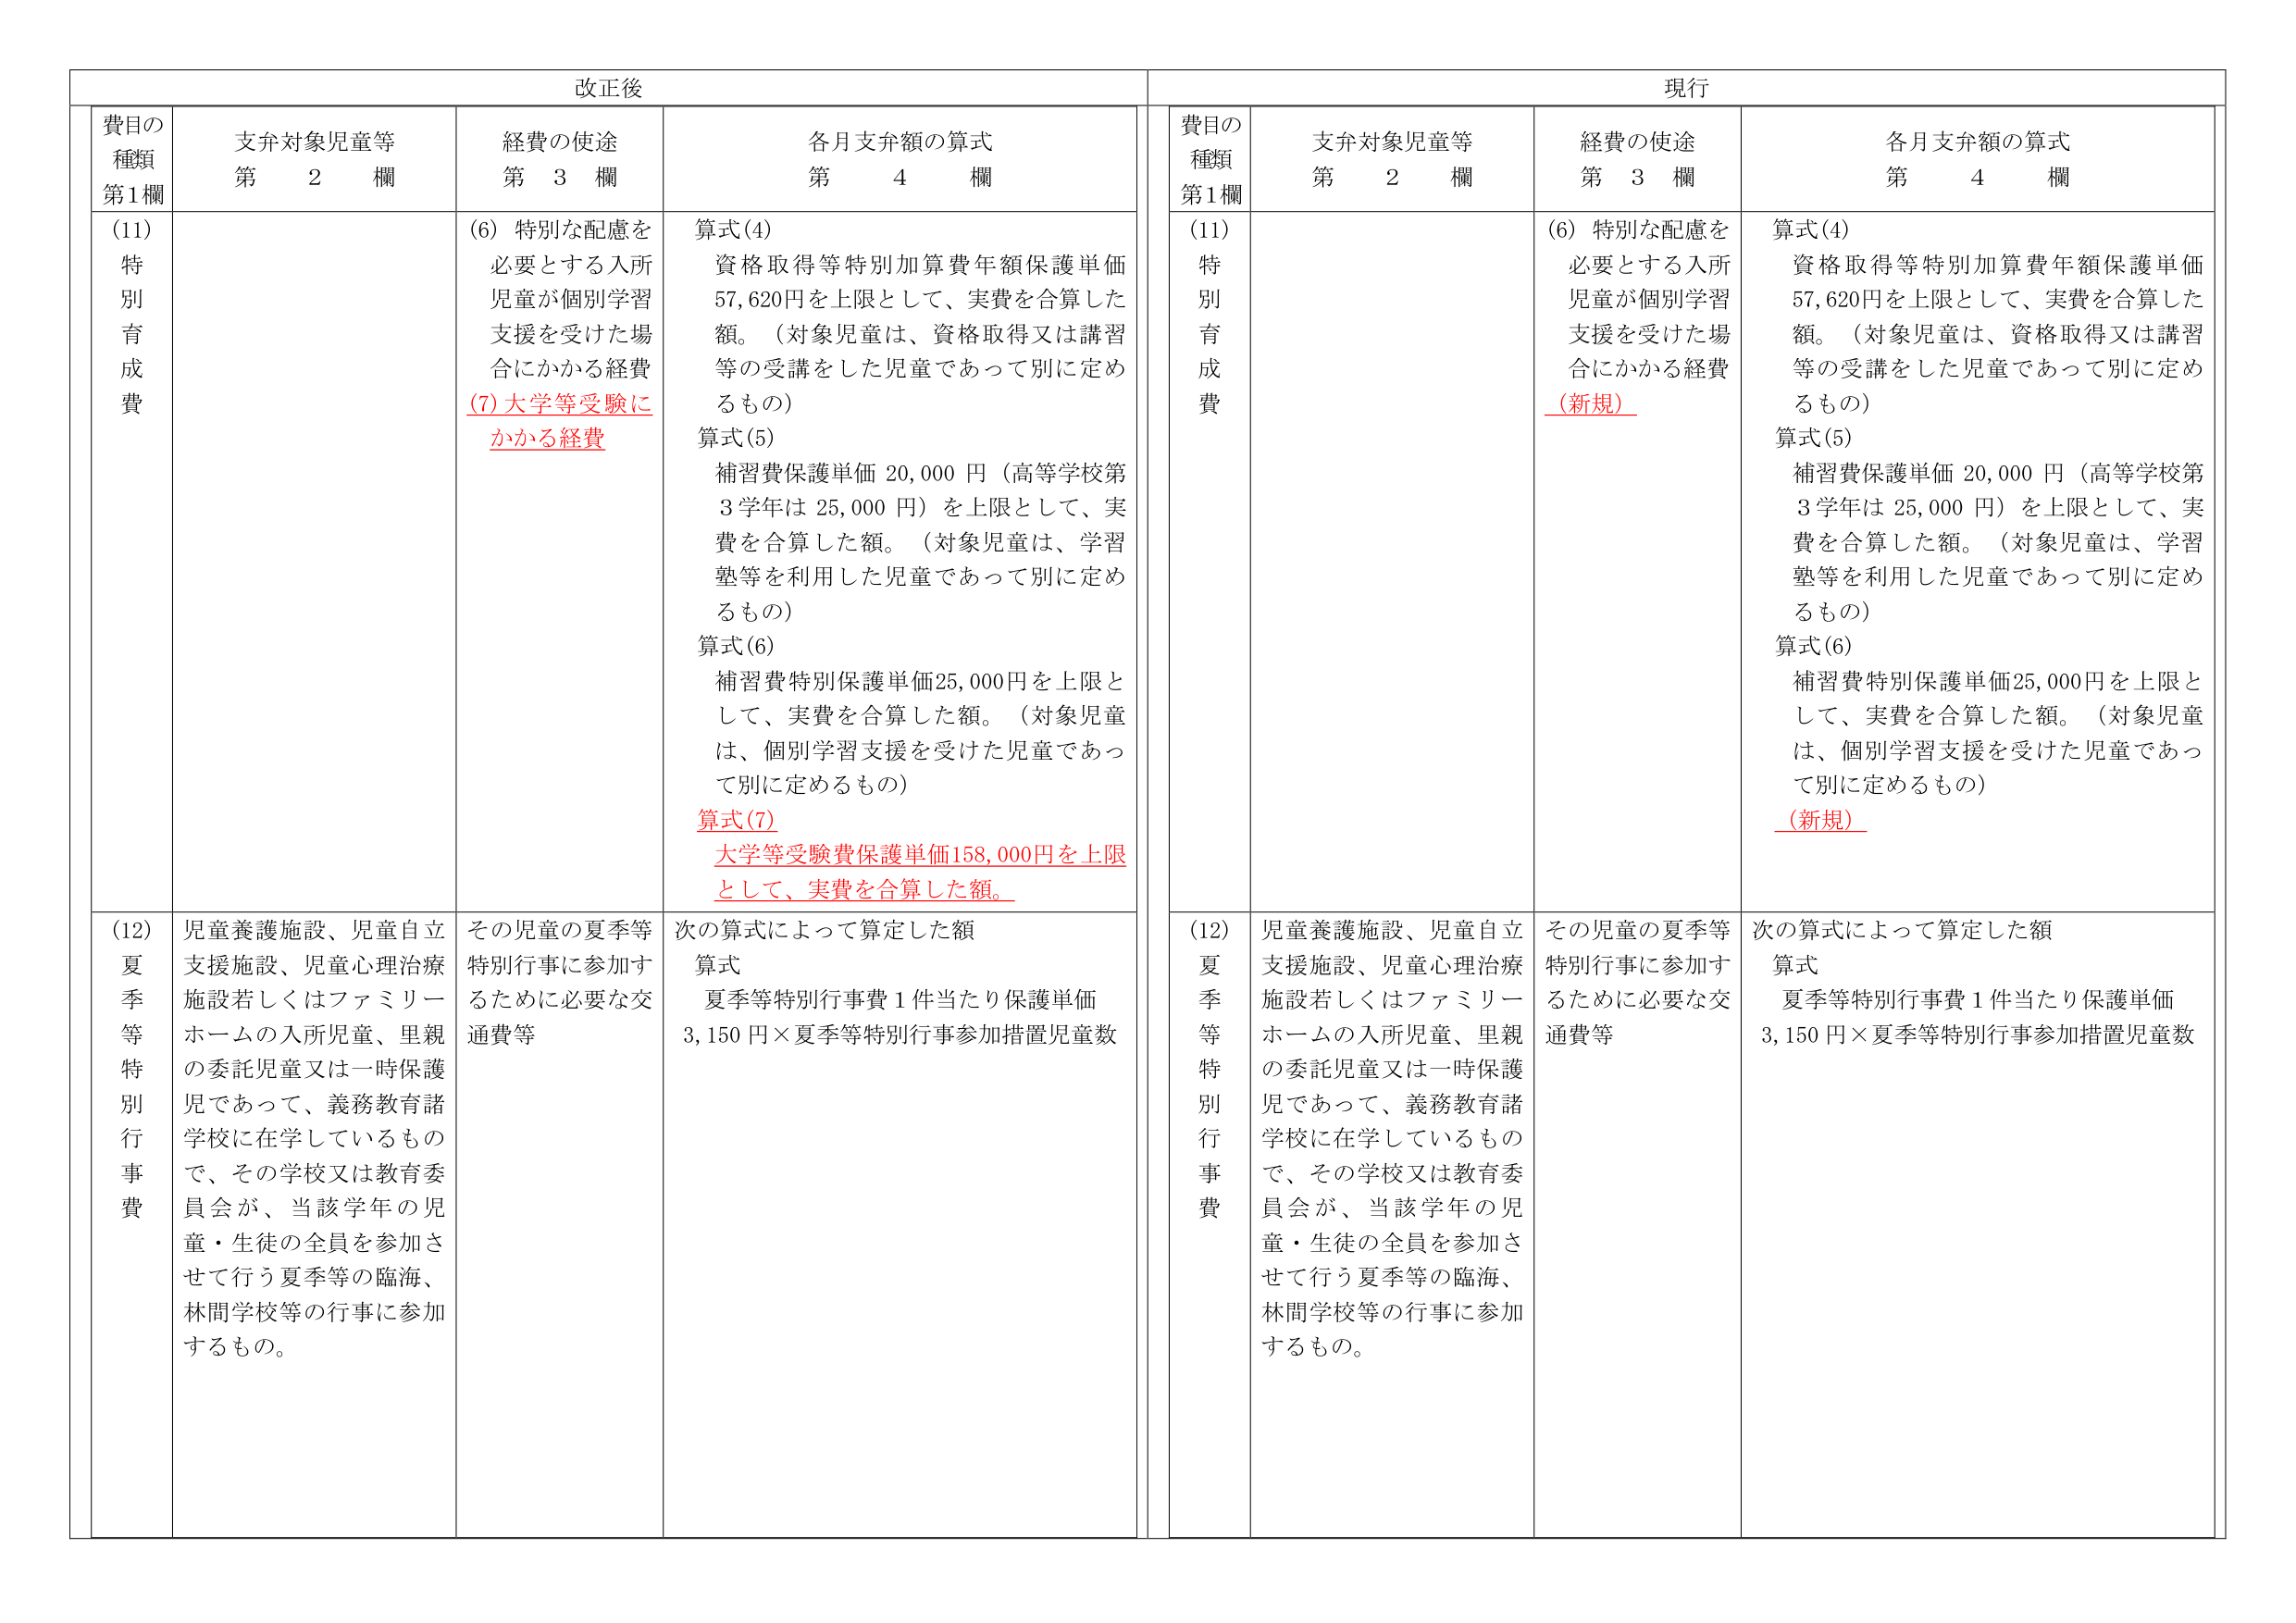
改正後

費目の
種類
第1欄

支弁対象児童等
第　2　欄

経費の使途
第　3　欄

各月支弁額の算式
第　4　欄

(11)
特別育成費

(6) 特別な配慮を
必要とする入所
児童が個別学習
支援を受けた場
合にかかる経費
(7)大学等受験に
かかる経費

算式(4)
資格取得等特別加算費年額保護単価
57,620円を上限として、実費を合算した
額。（対象児童は、資格取得又は講習
等の受講をした児童であって別に定め
るもの）
算式(5)
補習費保護単価 20,000 円（高等学校第
3 学年は 25,000 円）を上限として、実
費を合算した額。（対象児童は、学習
塾等を利用した児童であって別に定め
るもの）
算式(6)
補習費特別保護単価25,000円を上限と
して、実費を合算した額。（対象児童
は、個別学習支援を受けた児童であっ
て別に定めるもの）
算式(7)
大学等受験費保護単価158,000円を上限
として、実費を合算した額。

(12)
夏季等特別行事費

児童養護施設、児童自立
支援施設、児童心理治療
施設若しくはファミリー
ホームの入所児童、里親
の委託児童又は一時保護
児であって、義務教育諸
学校に在学しているもの
で、その学校又は教育委
員会が、当該学年の児
童・生徒の全員を参加さ
せて行う夏季等の臨海、
林間学校等の行事に参加
するもの。

その児童の夏季等
特別行事に参加す
るために必要な交
通費等

次の算式によって算定した額
算式
夏季等特別行事費 1 件当たり保護単価
3,150 円×夏季等特別行事参加措置児童数

現行

費目の
種類
第1欄

支弁対象児童等
第　2　欄

経費の使途
第　3　欄

各月支弁額の算式
第　4　欄

(11)
特別育成費

(6) 特別な配慮を
必要とする入所
児童が個別学習
支援を受けた場
合にかかる経費
（新規）

算式(4)
資格取得等特別加算費年額保護単価
57,620円を上限として、実費を合算した
額。（対象児童は、資格取得又は講習
等の受講をした児童であって別に定め
るもの）
算式(5)
補習費保護単価 20,000 円（高等学校第
3 学年は 25,000 円）を上限として、実
費を合算した額。（対象児童は、学習
塾等を利用した児童であって別に定め
るもの）
算式(6)
補習費特別保護単価25,000円を上限と
して、実費を合算した額。（対象児童
は、個別学習支援を受けた児童であっ
て別に定めるもの）
（新規）

(12)
夏季等特別行事費

児童養護施設、児童自立
支援施設、児童心理治療
施設若しくはファミリー
ホームの入所児童、里親
の委託児童又は一時保護
児であって、義務教育諸
学校に在学しているもの
で、その学校又は教育委
員会が、当該学年の児
童・生徒の全員を参加さ
せて行う夏季等の臨海、
林間学校等の行事に参加
するもの。

その児童の夏季等
特別行事に参加す
るために必要な交
通費等

次の算式によって算定した額
算式
夏季等特別行事費 1 件当たり保護単価
3,150 円×夏季等特別行事参加措置児童数